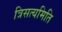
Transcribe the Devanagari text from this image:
त्रिसत्यमिति